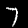
Digit: 7